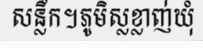
សន្លឹក។ភូមិស្លខ្លាញ់ឃុំ